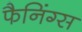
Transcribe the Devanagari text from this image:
फैनिंग्स